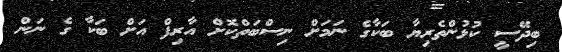
ބިދޭސީ ކުޅުންތެރިޔާ ބަކާގެ ނަމަށް ނިސްބަތްކޮށް އާރިފް އަށް ބަކާ ގެ ނަން